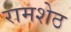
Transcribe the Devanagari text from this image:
रामशेठ